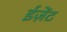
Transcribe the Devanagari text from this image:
ईज़ेंट